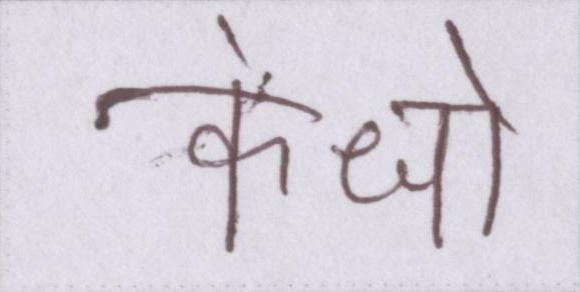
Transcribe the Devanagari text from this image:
कंधो